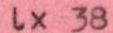
lx 38